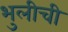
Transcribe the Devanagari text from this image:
भुलीची